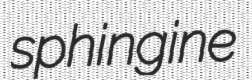
sphingine